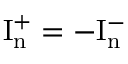
\mathrm { I _ { n } ^ { + } } = - \mathrm { I _ { n } ^ { - } }